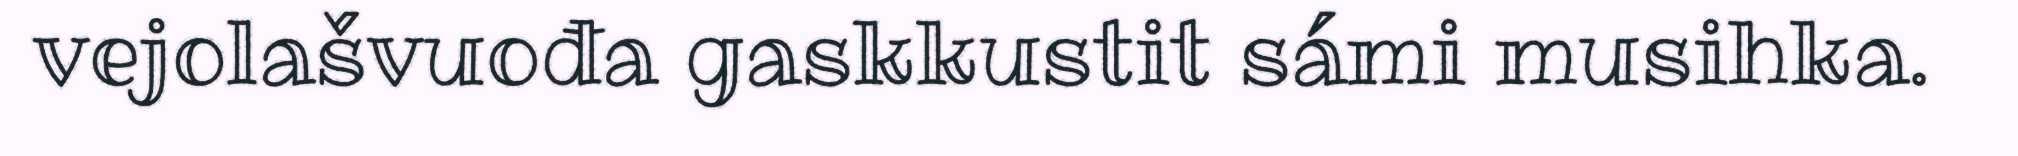
vejolašvuođa gaskkustit sámi musihka.